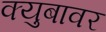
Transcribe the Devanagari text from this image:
क्युबावर